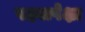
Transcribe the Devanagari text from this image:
पक्ष्यापेक्षा